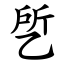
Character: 乺